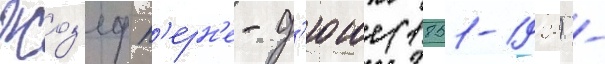
Жоз'еф п'ерн'е-д'юше (1851-1928) -